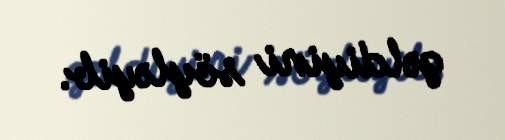
gəldiyini söyləyib.